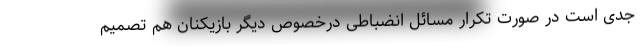
جدی است در صورت تکرار مسائل انضباطی درخصوص دیگر بازیکنان هم تصمیم